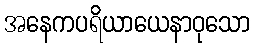
အနေကပရိယာယေနာဝုသော